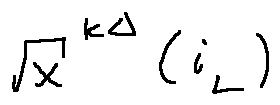
\sqrt { x } ^ { k \Delta } ( i _ { L } )